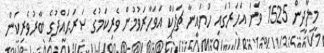
މީލާދީން 1525 ވަނަ އަހަރުގައި ހުޔައިނާ ޗަޕަކް އަވަހާރަވުމުން ވެރިކަމުގެ ސަރަޙައްދުގެ ބާރުވެރިކަން